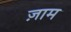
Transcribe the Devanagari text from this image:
ज़ाम